Annual report on the working of the lock hospitals in the Central Provinces
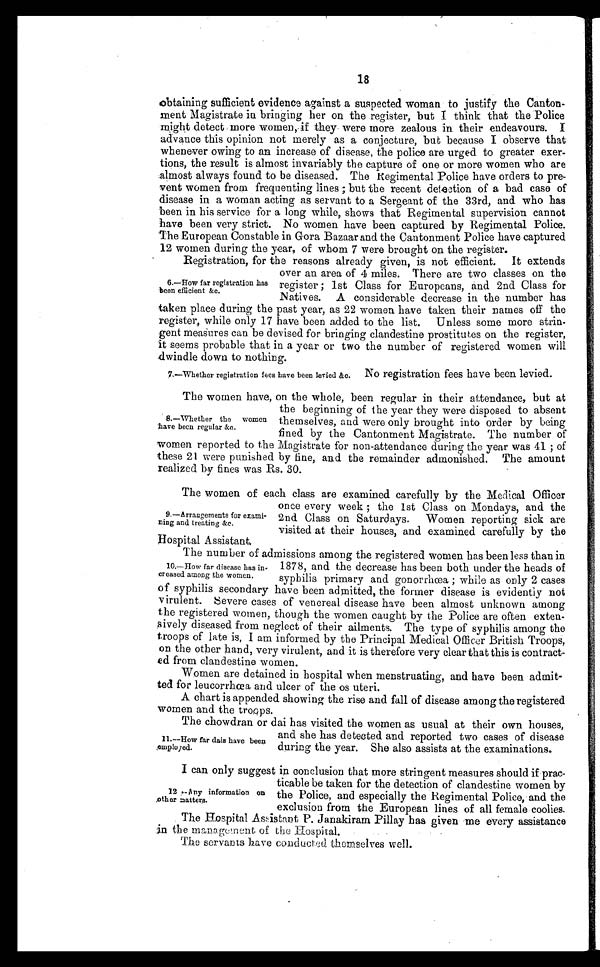
18
obtaining sufficient evidence against a suspected woman to justify the Canton-
ment Magistrate in bringing her on the register, but I think that the Police
might detect more women,. if they were more zealous in their endeavours.
advance this opinion not merely as a conjecture, but because I observe that
whenever owing to an increase of disease, the police are urged to greater exer-
tions, the result is almost invariably the capture of one or more women who are
almost always found to be diseased. The Regimental Police have orders to pre-
vent women from frequenting lines ; but the recent detection of a bad case of
disease in a woman acting as servant to a Sergeant of the 33rd, and who has
been in his service for a long while, shows that Regimental supervision cannot
have been very strict. No women have been captured by Regimental Police.
The European Constable in Gora Bazaar and the Cantonment Police have captured
12 women during the year., of whom 7 were brought on the register.
Registration, for the reasons already given, is not efficient. it extenus
over an area of 4 miles. There are two classes on the
register ; 1st Class for Europeans, and 2nd Class for
Natives. A considerable decrease in the number has
taken place during the past year, as 22 women have taken their names off the
register. , while only 17 have been added to the list. Unless some more strin-
gent measures can be devised for bringing clandestine prostitutes on the register,
it seems probable that in a year or two the number of registered women will
dwindle down to nothing.
6.—How far registration has
teen efficient &c.
7.—Whether registration fees have been levied &o.
No registration fees have been levied.
The women have, on the whole, been regular in their attendance, but at
the beginning of the year they were disposed to absent
themselves, and were only brought into order by being
fined by the Cantonment Magistrate. The number of
women reported to the Magistrate for non-attendance during the year was 41 ; of
these 21 were punished by fine, and the remainder admonished. The amount
realized by fines was Rs. 30.
The women of each class are examined carefully by the Medical Officer
once every week ; the 1st Class on Mondays, and the
2nd Class on Saturdays. Women reporting sick are
visited at their houses, and examined carefully by the
Hospital Assistant
The number of admissions among the registered women has been less than in
1878, and the decrease has been both under the heads of
syphilis primary and gonorrhea ; while as only 2 cases
of syphilis secondary have been admitted, the former disease is evidently not
virulent. severe cases of venereal disease have been almost unknown among
the registered women, though the women caught by the Police are often exten-
sively diseased from neglect of their ailments. The type of syphilis among the
troops of late is, I am informed by the Principal Medical Officer British Troops,
on the other hand, very virulent, and it is therefore very clear that this is contract-
ed from clandestine women.
W omen are detained in hospital when menstruating . , and have been admit-
ted for leucorrhcea and ulcer of the os uteri.
A chart is appended showing the rise and fall of disease among the registered
women and the trocog.
The chowdran or dai has visited the women as usual at their own houses,
and she has detected and reported two cases of disease
during the year. She also assists at the examinations.
I can only suggest in conclusion that more stringent measures should if prac-
ticable be taken for the detection of clandestine women by
the Police, and especially the Regimental Police, and the
exclusion from the European lines of all female coolies.
The Hospital Asistent P. Janakiram Pillay has given me every assistance
in the manage neat of the Hospital.
The servants have conducted themselves well.
8.—whether the women
have been regular &a.
9.—Arrangements for exami-
ning and treating &c.
10.—How far disease has in-
creased among the women.
11.—How far dais have been
,emplojed.
12 —Any information on
other matters.